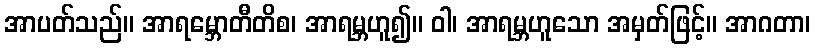
အာပတ်သည်။ အာရမ္ဘောတီတိစ၊ အာရမ္ဘဟူ၍။ ဝါ၊ အာရမ္ဘဟူသော အမှတ်ဖြင့်။ အာဂတာ၊